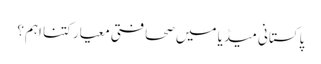
پاکستانی میڈیا میں صحافتی معیار کتنا اہم؟